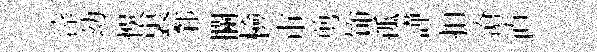
滓幼悞裏鄴攔檢市剪饰孤譁扣滄直